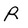
Character: R